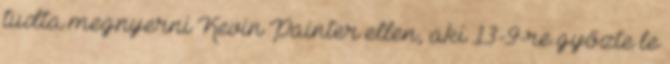
tudta megnyerni Kevin Painter ellen, aki 13-9-re győzte le